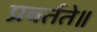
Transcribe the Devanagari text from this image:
प्रवर्तते॥